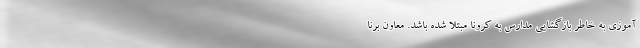
‌آموزی به خاطر بازگشایی مدارس به کرونا مبتلا شده باشد. معاون برنا